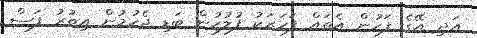
އަދި އޭގެ ފަހުން އެތައް ފަހަރަކު ފުލުހުން ބަޑި ޖެހުމުން އިތުރު ފަސް